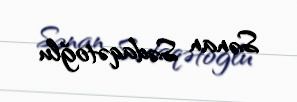
Sənan Sədaqətoğlu